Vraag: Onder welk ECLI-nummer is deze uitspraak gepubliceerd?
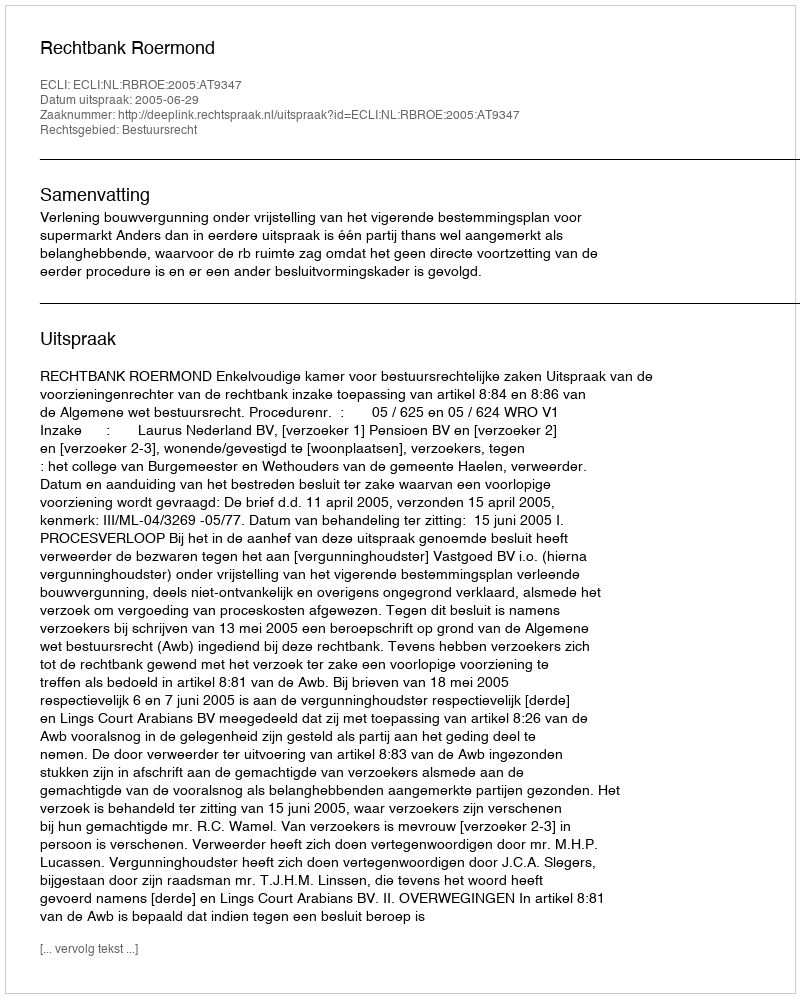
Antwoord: ECLI:NL:RBROE:2005:AT9347